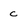
Character: c